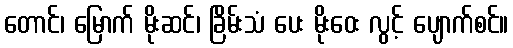
တောင်၊ မြောက် မိုးဆင်၊ ခြိမ်းသံ ပေး မိုးဝေး လွင့် ပျောက်စင်။